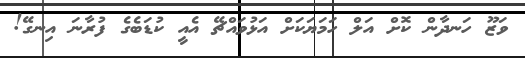
ވަޒޫ ހަނދާން ކޮށް އަލް ހަމަޔަކަށް އަޅުވައްޗޭ އެއީ ކުޑަބެގެ ފުރާނަ އިނގޭ!